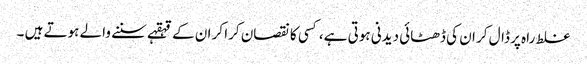
غلط راہ پر ڈال کر ان کی ڈھٹائی دیدنی ہوتی ہے، کسی کا نقصان کرا کر ان کے قہقہے سننے والے ہوتے ہیں ۔